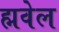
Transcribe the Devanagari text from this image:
ह्मवेल